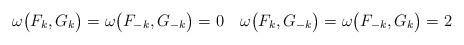
LaTeX: \begin{align*}\omega\big(F_k,G_k\big)=\omega\big(F_{-k},G_{-k}\big)=0\quad\omega\big(F_k,G_{-k}\big)=\omega\big(F_{-k},G_k\big)=2\end{align*}